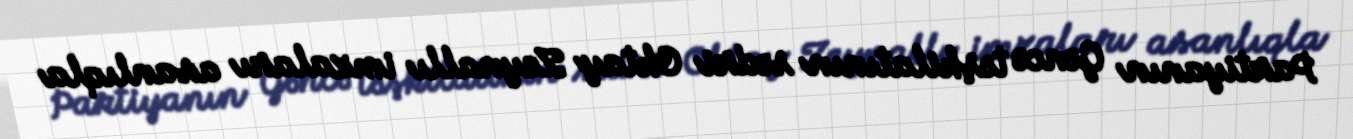
Partiyanın Gəncə təşkilatının sədri Oktay Zeynallı imzaları asanlıqla